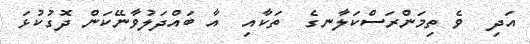
އަދި  ވެ ތިމަންރަސްކަލާނގެ  ތަކާއި  އާ ބައްދަލުވާނޭކަން ދޮގުކުޅަ